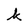
Character: k